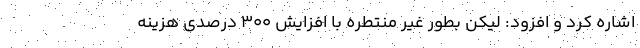
اشاره کرد و افزود: لیکن بطور غیر منتطره با افزایش ۳۰۰ درصدی هزینه